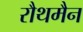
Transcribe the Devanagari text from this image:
रौथमैन